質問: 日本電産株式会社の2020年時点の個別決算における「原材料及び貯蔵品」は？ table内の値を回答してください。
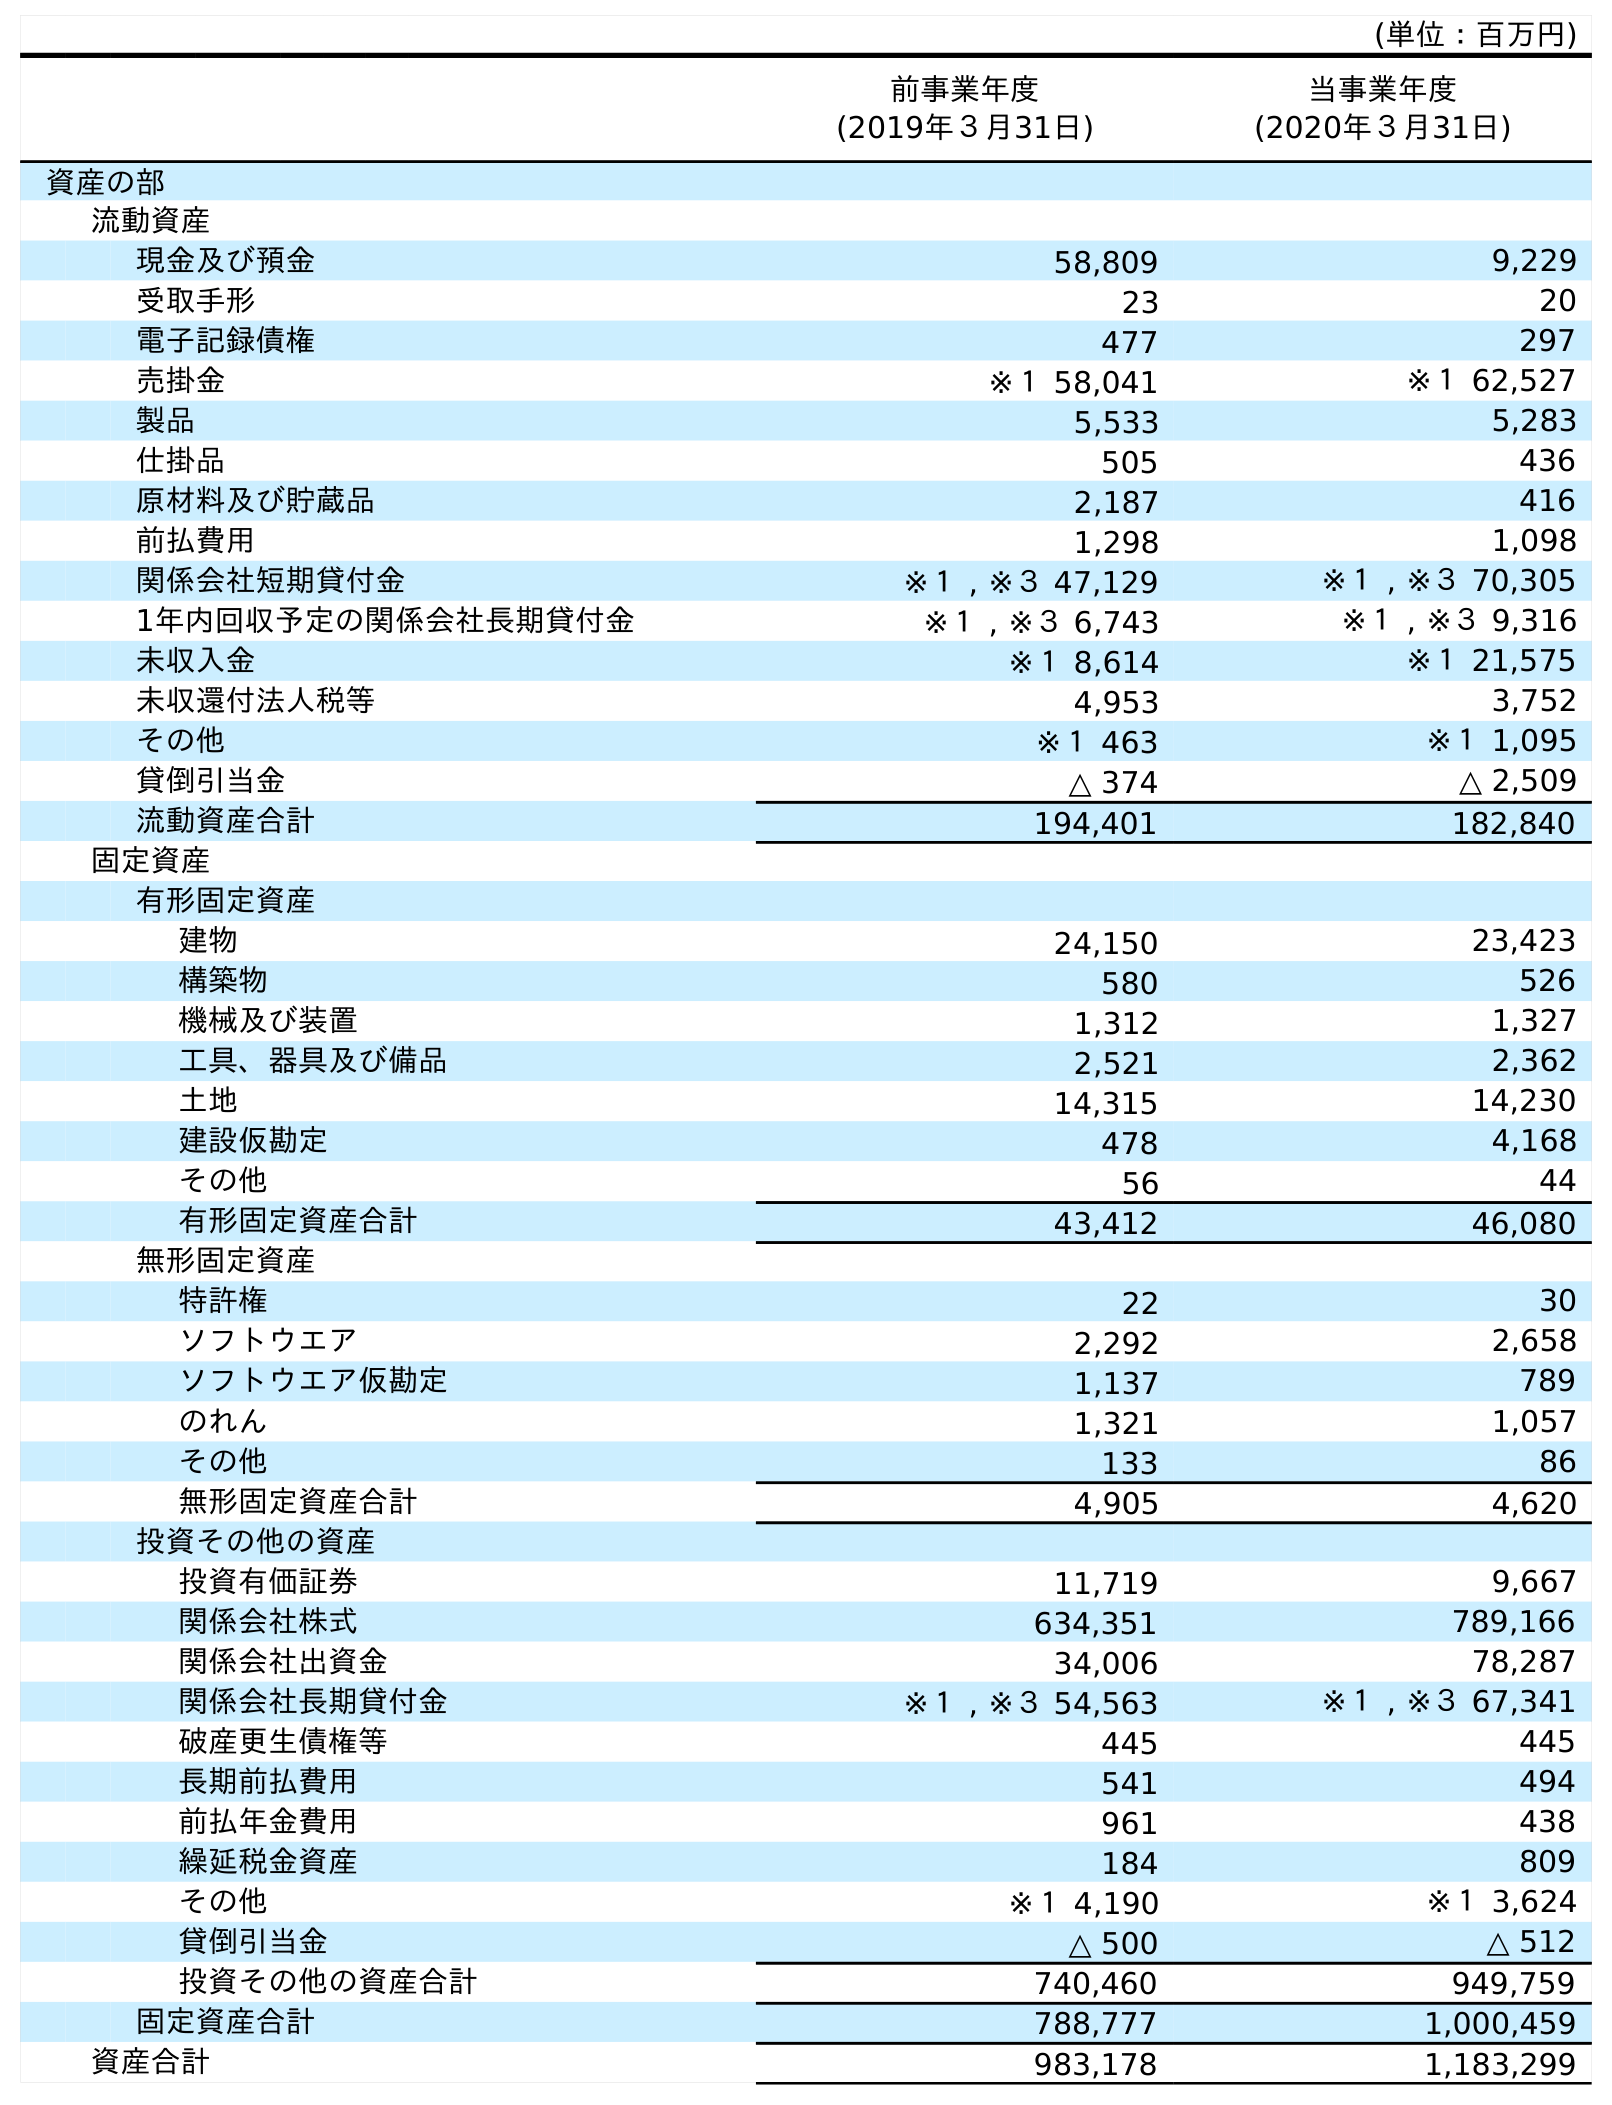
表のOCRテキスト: (単位：百万円) 前事業年度 (2019年３月31日) 当事業年度 (2020年３月31日) 資産の部 流動資産 現金及び預金 58,809 9,229 受取手形 23 20 電子記録債権 477 297 売掛金 ※１ 58,041 ※１ 62,527 製品 5,533 5,283 仕掛品 505 436 原材料及び貯蔵品 2,187 416 前払費用 1,298 1,098 関係会社短期貸付金 ※１ , ※３ 47,129 ※１ , ※３ 70,305 1年内回収予定の関係会社長期貸付金 ※１ , ※３ 6,743 ※１ , ※３ 9,316 未収入金 ※１ 8,614 ※１ 21,575 未収還付法人税等 4,953 3,752 その他 ※１ 463 ※１ 1,095 貸倒引当金 △ 374 △ 2,509 流動資産合計 194,401 182,840 固定資産 有形固定資産 建物 24,150 23,423 構築物 580 526 機械及び装置 1,312 1,327 工具、器具及び備品 2,521 2,362 土地 14,315 14,230 建設仮勘定 478 4,168 その他 56 44 有形固定資産合計 43,412 46,080 無形固定資産 特許権 22 30 ソフトウエア 2,292 2,658 ソフトウエア仮勘定 1,137 789 のれん 1,321 1,057 その他 133 86 無形固定資産合計 4,905 4,620 投資その他の資産 投資有価証券 11,719 9,667 関係会社株式 634,351 789,166 関係会社出資金 34,006 78,287 関係会社長期貸付金 ※１ , ※３ 54,563 ※１ , ※３ 67,341 破産更生債権等 445 445 長期前払費用 541 494 前払年金費用 961 438 繰延税金資産 184 809 その他 ※１ 4,190 ※１ 3,624 貸倒引当金 △ 500 △ 512 投資その他の資産合計 740,460 949,759 固定資産合計 788,777 1,000,459 資産合計 983,178 1,183,299
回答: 416